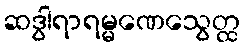
ဆဒွါရာရမ္မဏေသွေတ္ထ